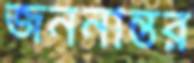
জননান্তর